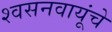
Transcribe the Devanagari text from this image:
श्वसनवायूंचे